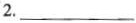
2.___